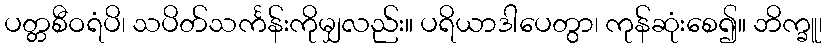
ပတ္တစီဝရံပိ၊ သပိတ်သင်္ကန်းကိုမျှလည်း။ ပရိယာဒါပေတွာ၊ ကုန်ဆုံးစေ၍။ ဘိက္ခူ၊